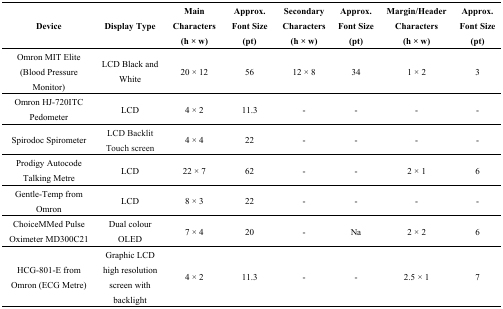
| Device | Display Type | Main Characters (h × w) | Approx. Font Size (pt) | Secondary Characters (h × w) | Approx. Font Size (pt) | Margin/Header Characters (h × w) | Approx. Font Size (pt) |
 | --- | --- | --- | --- | --- | --- | --- | --- |
 | Omron MIT Elite (Blood Pressure Monitor) | LCD Black and White | 20 × 12 | 56 | 12 × 8 | 34 | 1 × 2 | 3 |
 | Omron HJ-720ITC Pedometer | LCD | 4 × 2 | 11.3 | - | - | - | - |
 | Spirodoc Spirometer | LCD Backlit Touch screen | 4 × 4 | 22 | - | - | - | - |
 | Prodigy Autocode Talking Metre | LCD | 22 × 7 | 62 | - | - | 2 × 1 | 6 |
 | Gentle-Temp from Omron | LCD | 8 × 3 | 22 | - | - | - | - |
 | ChoiceMMed Pulse Oximeter MD300C21 | Dual colour OLED | 7 × 4 | 20 | - | Na | 2 × 2 | 6 |
 | HCG-801-E from Omron (ECG Metre) | Graphic LCD high resolution screen with backlight | 4 × 2 | 11.3 | - | - | 2.5 × 1 | 7 |